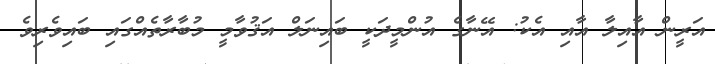
އަރީން އާއިލާ އާއި އެކު: އޭނާގެ އުންމީދަކީ ބައިނަލް އަޤުވާމީ މުބާރާތެއްގައި ބައިވެރިވެ